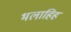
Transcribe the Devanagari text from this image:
भलाहिह